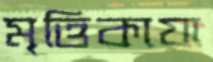
মৃত্তিকায়া